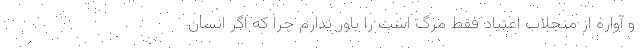
و آواره از منجلاب اعتیاد فقط مرگ است را باور ندارم چرا که اگر انسان